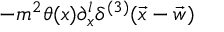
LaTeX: - m ^ { 2 } \theta ( x ) \partial _ { x } ^ { l } \delta ^ { ( 3 ) } ( \vec { x } - \vec { w } )